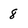
Character: 8